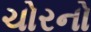
ચોરનો